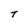
Character: T